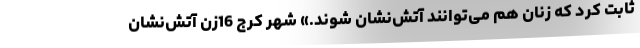
ثابت کرد که زنان هم می‌توانند آتش‌نشان شوند.» شهر کرج 16زن آتش‌نشان